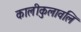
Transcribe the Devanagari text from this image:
कालीकुलावलि